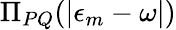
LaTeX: \Pi_{PQ}(|\epsilon_{m}-\omega|)